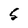
Character: 5